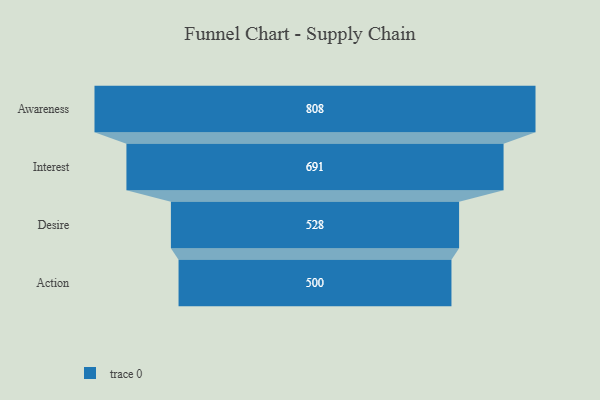
{"axis": {"x": "Stage", "y": "Value"}, "legend": [""], "data": [{"x": "Awareness", "y": 808.0, "type": ""}, {"x": "Interest", "y": 691.0, "type": ""}, {"x": "Desire", "y": 528.0, "type": ""}, {"x": "Action", "y": 500, "type": ""}]}